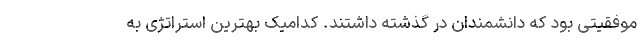
موفقیتی بود که دانشمندان در گذشته داشتند. کدامیک بهترین استراتژی به